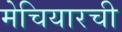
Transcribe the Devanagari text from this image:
मेचियारची